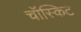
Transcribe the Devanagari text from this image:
चॉस्किट